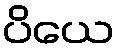
ပိယေ